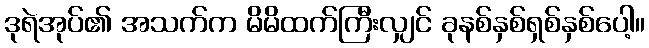
ဒုရဲအုပ်၏ အသက်က မိမိထက်ကြီးလျှင် ခုနစ်နှစ်ရှစ်နှစ်ပေါ့။